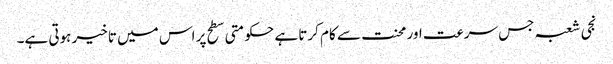
نجی شعبہ جس سرعت اور محنت سے کام کرتا ہے حکومتی سطح پر اس میں تاخیر ہوتی ہے۔